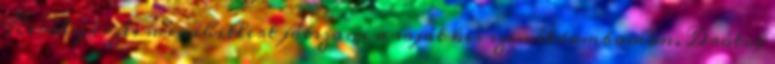
Király érzés minihitlert játszani a saját kis szemétdombomon. Drótot